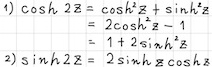
1) $\cosh 2z=\cosh^{2}z+\sinh^{2}z=2\cosh^{2}z - 1=2\sinh^{2}z + 1$
2) $\sinh 2z=2\sinh z\cosh z$